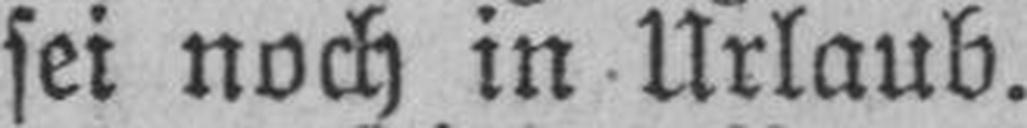
sei noch in Urlaub.